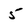
Character: 5